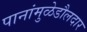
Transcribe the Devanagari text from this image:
पानांमुळेडौलदार